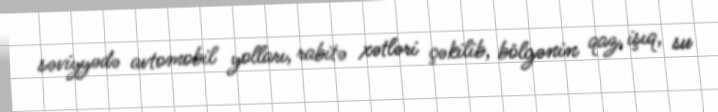
səviyyədə avtomobil yolları, rabitə xətləri çəkilib, bölgənin qaz, işıq, su